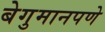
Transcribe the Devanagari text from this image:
बेगुमानपणे